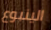
الينبوع